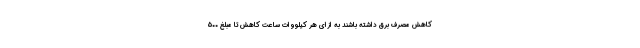
کاهش مصرف برق داشته باشند به ازای هر کیلووات ساعت کاهش تا مبلغ ۵۰۰